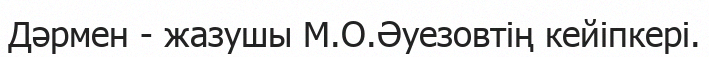
Дәрмен - жазушы М.О.Әуезовтің кейіпкері.